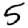
Digit: 5